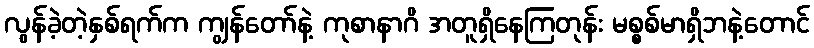
လွန်ခဲ့တဲ့နှစ်ရက်က ကျွန်တော်နဲ့ ကုစာနာဂိ အတူရှိနေကြတုန်း မစ္စစ်မာရှိဘနဲ့တောင်